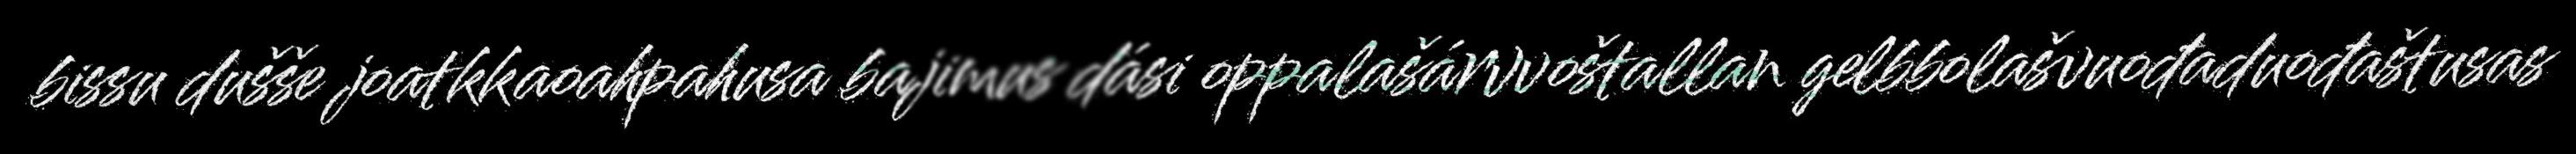
bissu dušše joatkkaoahpahusa bajimus dási oppalašárvvoštallan gelbbolašvuođaduođaštusas